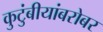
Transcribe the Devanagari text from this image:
कुटुंबीयांबरोबर